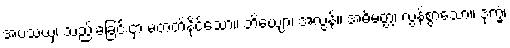
အပသယှံ၊ သည်းခံခြင်းငှာ မတတ်နိုင်သော။ ဘိယျော၊ အလွန်။ အဓိမတ္တံ၊ လွန်စွာသော။ ဒုက္ခံ၊